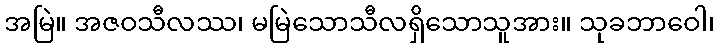
အမြဲ။ အဇဝသီလဿ၊ မမြဲသောသီလရှိသောသူအား။ သုခဘာဝေါ၊